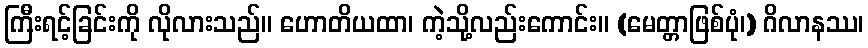
ကြီးရင့်ခြင်းကို လိုလားသည်။ ဟောတိယထာ၊ ကဲ့သို့လည်းကောင်း။ (မေတ္တာဖြစ်ပုံ၊) ဂိလာနဿ၊